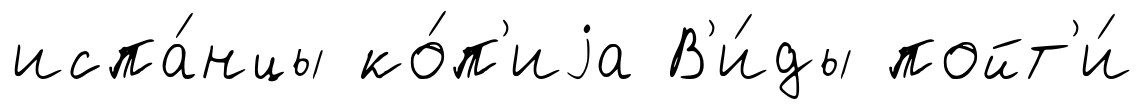
испа́нцы ко́п'иjа В'и́ды пойт'и́